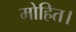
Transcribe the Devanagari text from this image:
मोहित।